Civil Veterinary Department Bihar & Orissa reports 1929-36 - 1929-1936
Year: 1929
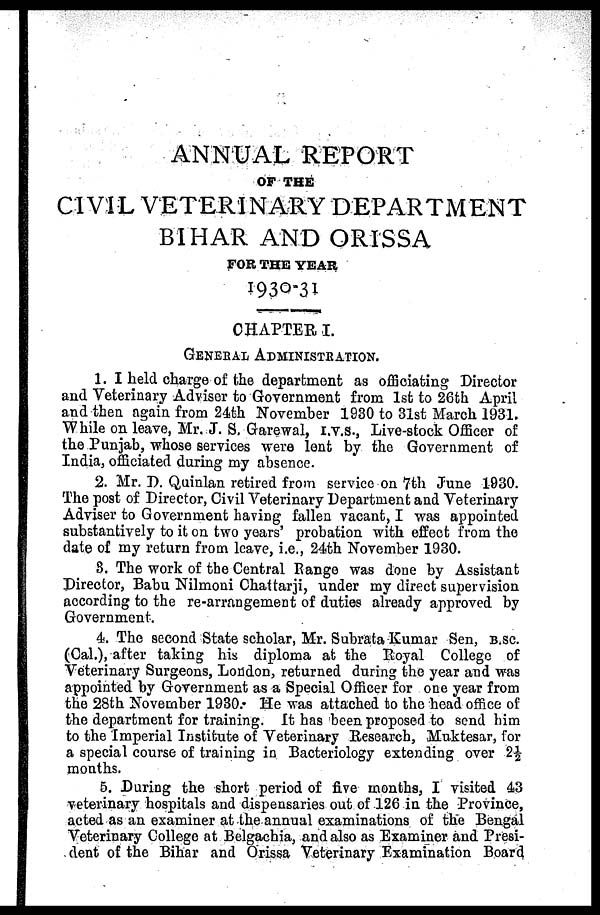
ANNUAL REPORT
OF THE
CIVIL VETERINARY DEPARTMENT
BIHAR AND ORISSA
FOR THE YEAR
I930-31
CHAPTER I.
GENERAL ADMINISTRATION.
1. I held charge of the department as officiating Director
and Veterinary Adviser to Government from 1st to 26th April
and then again from 24th November 1930 to 31st March 1931.
While on leave, Mr. J. S. Garewal, I.V.S., Live-stock Officer of
the Punjab, whose services were lent by the Government of
India, officiated during my absence.
2. Mr. D. Quinlan retired from service on 7th June 1930.
The post of Director, Civil Veterinary Department and Veterinary
Adviser to Government having fallen vacant, I was appointed
substantively to it on two years' probation with effect from the
date of my return from leave, i.e., 24th November 1930.
3. The work of the Central Range was done by Assistant
Director, Babu Nilmoni Chattarji, under my direct supervision
according to the re-arrangement of duties already approved by
Government.
4. The second State scholar, Mr. Subrata Kumar Sen, B .SC.
(Cal.), after taking his diploma at the Royal College of
Veterinary Surgeons, London, returned during the year and was
appointed by Government as a Special Officer for one year from
the 28th November 1930. He was attached to the head office of
the department for training. It has been proposed to send him
to the Imperial Institute of Veterinary Research, Muktesar, for
a special course of training in Bacteriology extending over 2
months.
5. During the short period of five months, I visited 43
veterinary hospitals and dispensaries out of 126 in the Province,
acted as an examiner at the annual examinations of the Bengal
Veterinary College at Belgachia, and also as Examiner and Presi-
dent of the Bihar and Orissa Veterinary Examination Board